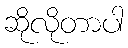
ဆိုလိုတာပါ